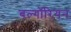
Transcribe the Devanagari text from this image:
बल्गॉरियन